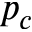
p _ { c }